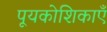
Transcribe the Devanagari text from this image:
पूयकोशिकाएँ